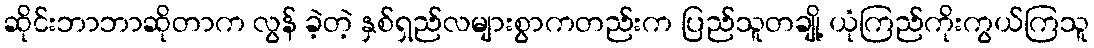
ဆိုင်းဘာဘာဆိုတာက လွန် ခဲ့တဲ့ နှစ်ရှည်လများစွာကတည်းက ပြည်သူတချို့ ယုံကြည်ကိုးကွယ်ကြသူ